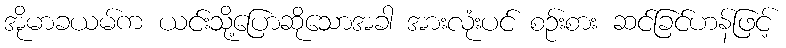
အိုမာခယမ်က ယင်းသို့ပြောဆိုသောအခါ အားလုံးပင် စဉ်းစား ဆင်ခြင်ဟန်ဖြင့်